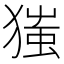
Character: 㺈